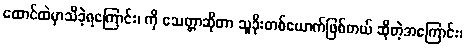
ထောင်ထဲမှာသိခဲ့ရကြောင်း၊ ကို သေတ္တာဆိုတာ သူခိုးတစ်ယောက်ဖြစ်တယ် ဆိုတဲ့အကြောင်း၊